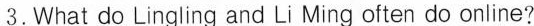
3.What do Lingling and Li Ming often do online?